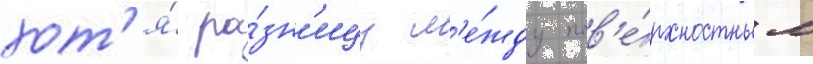
хот'я́ ра́зн'ицу м'е́жду пов'е́рхностным